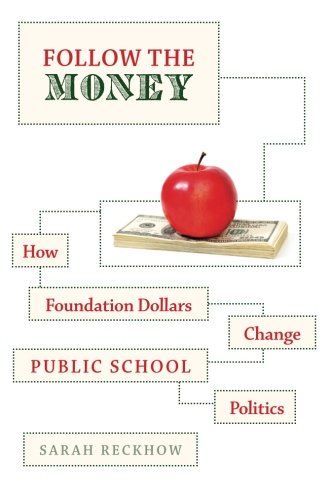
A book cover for Follow the Money: How Foundation Dollars Change Public School Politics (Studies in Postwar American Political Development); Sarah Reckhow; Education & Teaching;